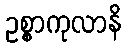
ဥစ္စာကုလာနိ